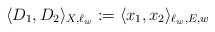
\begin{align*}\langle D_{1}, D_{2} \rangle_{X, \ell_{w}} := \langle x_{1}, x_{2}\rangle_{\ell_{w}, E, w}\end{align*}